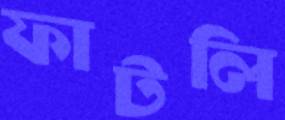
ফাটলি